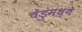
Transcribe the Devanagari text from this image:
चेंडुंमध्ये